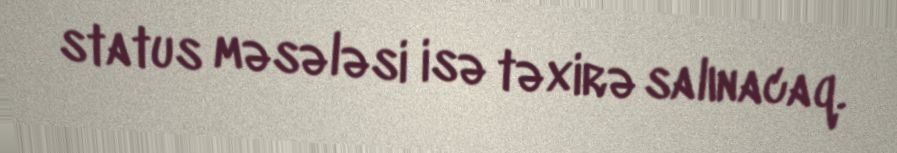
status məsələsi isə təxirə salınacaq.